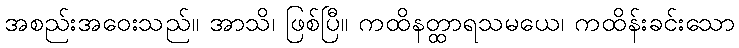
အစည်းအဝေးသည်။ အာသိ၊ ဖြစ်ပြီ။ ကထိနတ္ထာရသမယေ၊ ကထိန်းခင်းသော